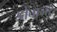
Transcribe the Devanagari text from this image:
डोवाजर